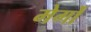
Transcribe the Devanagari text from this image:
मेर्गों